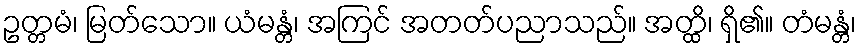
ဥတ္တမံ၊ မြတ်သော။ ယံမန္တံ၊ အကြင် အတတ်ပညာသည်။ အတ္ထိ၊ ရှိ၏။ တံမန္တံ၊